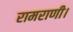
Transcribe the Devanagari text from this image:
रामराणी।